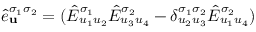
\hat { e } _ { \mathbf { u } } ^ { \sigma _ { 1 } \sigma _ { 2 } } = ( \hat { E } _ { u _ { 1 } u _ { 2 } } ^ { \sigma _ { 1 } } \hat { E } _ { u _ { 3 } u _ { 4 } } ^ { \sigma _ { 2 } } - \delta _ { u _ { 2 } u _ { 3 } } ^ { \sigma _ { 1 } \sigma _ { 2 } } \hat { E } _ { u _ { 1 } u _ { 4 } } ^ { \sigma _ { 2 } } )